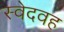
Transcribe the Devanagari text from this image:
स्वेदवह